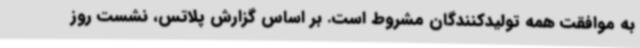
به موافقت همه تولیدکنندگان مشروط است. بر اساس گزارش پلاتس، نشست روز